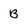
Character: B